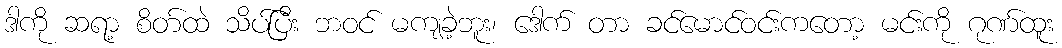
ဒါကို ဆရာ့ စိတ်ထဲ သိပ်ပြီး ဘဝင် မကျခဲ့ဘူး၊ ဒေါက် တာ ခင်မောင်ဝင်းကတော့ မင်းကို ဂုဏ်ထူး